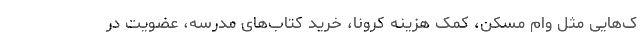
ک‌هایی مثل وام مسکن، کمک هزینه کرونا، خرید کتاب‌های مدرسه، عضویت در